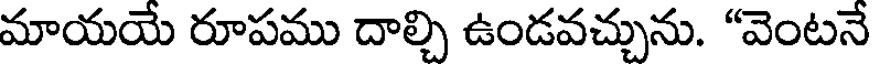
మాయయే రూపము దాల్చి ఉండవచ్చును. "వెంటనే